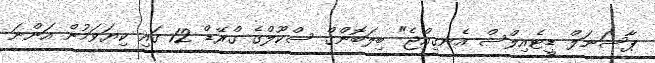
ޕާސަނަލް ޑީޓެއިލްސް އެނގިއްޖެ" ބިލަބޮންގް ސްކޫލްގެ ގްރޭޑް 12 ގައި ކިޔަވަމުން އަންނަ